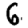
Digit: 6